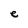
Character: e